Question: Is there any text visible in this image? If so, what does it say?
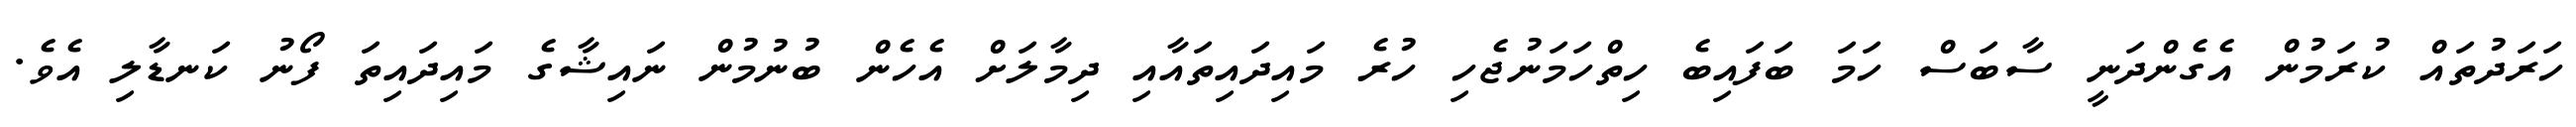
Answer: ހަރަދުތައް ކުރަމުން އެގެންދަނީ ސާބަސް ހަމަ ބަފައިބެ ހިތްހަމަނުޖެހި ހުރެ މައިދައިތައާއި ދިމާލަށް އެހެން ބުނުމުން ނައިޝާގެ މައިދައިތަ ފޯނު ކަނޑާލި އެވެ.